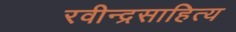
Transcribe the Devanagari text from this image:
रवीन्द्रसाहित्य